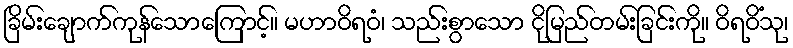
ခြိမ်းချောက်ကုန်သောကြောင့်။ မဟာဝိရဝံ၊ သည်းစွာသော ငိုမြည်တမ်းခြင်းကို။ ဝိရဝိံသု၊